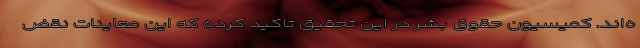
ه‌اند. کمیسیون حقوق بشر در این تحقیق تاکید کرده که این معاینات نقض